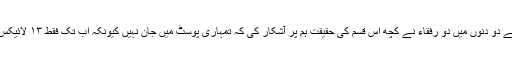
ابھی پچھلے دو دنوں میں دو رفقاء نے کچھ اس قسم کی حقیقت ہم پر آشکار کی کہ تمہاری پوسٹ میں جان نہیں کیونکہ اب تک فقط ۱۳ لائیکس آئے ہیں۔